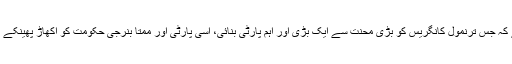
مکل رائے بھی بھاجپا حکومت کے اس احسان تلے اس قدر ڈوب گئے کہ جس ترنمول کانگریس کو بڑی محنت سے ایک بڑی اور اہم پارٹی بنائی، اسی پارٹی اور ممتا بنرجی حکومت کو اکھاڑ پھینکے کے لئے نریندر مودی جی کی رہنمائی میں کام کرنے کا عہد کیا ہے۔